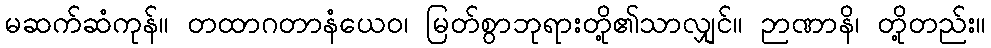
မဆက်ဆံကုန်။ တထာဂတာနံယေဝ၊ မြတ်စွာဘုရားတို့၏သာလျှင်။ ဉာဏာနိ၊ တို့တည်း။